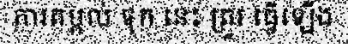
ការតម្កល់ ទុក នេះ ត្រូវ ធ្វើឡើង